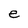
Character: e